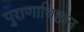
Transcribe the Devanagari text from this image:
पुराणाधिष्ठान